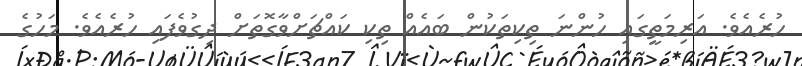
ހުރެއެވެ. އަރިމަތީގައި ހުންނަ ތިކިތަކުން ބައެއް ތިކި ކައްޗަށްވާގޮތަށް ދިގުވެފައި ހުރެއެވެ. މަހުގެ